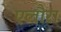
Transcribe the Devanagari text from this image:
एलौरा